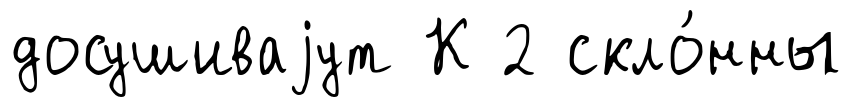
досушиваjут К 2 скло́нны